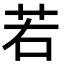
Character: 若